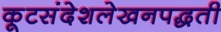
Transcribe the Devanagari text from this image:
कूटसंदेशलेखनपद्धती